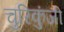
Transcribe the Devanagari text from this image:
चुरिकुंजी